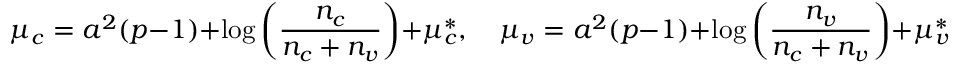
\mu _ { c } = a ^ { 2 } ( p - 1 ) + \log { \left( \frac { n _ { c } } { n _ { c } + n _ { v } } \right) } + \mu _ { c } ^ { * } , \quad \mu _ { v } = a ^ { 2 } ( p - 1 ) + \log { \left( \frac { n _ { v } } { n _ { c } + n _ { v } } \right) } + \mu _ { v } ^ { * } , \quad \mu _ { a } = a ^ { 2 } ( p - 1 ) + \mu _ { a } ^ { * } ,